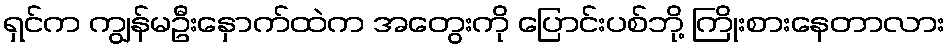
ရှင်က ကျွန်မဦးနှောက်ထဲက အတွေးကို ပြောင်းပစ်ဘို့ ကြိုးစားနေတာလား